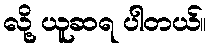
လို့ ယူဆရ ပါတယ်။